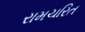
રામચરિત